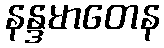
နန္ဒမာတေန